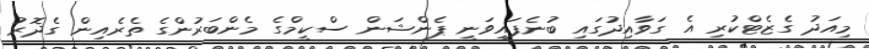
މިއަދު ގެޒެޓްކުރި އެ ގަވާއިދުގައި ބުނެފައިވަނީ ޕެންޝަން ސްކީމްގެ މެންބަރުންގެ ތެރެއިން ގެދޮރު